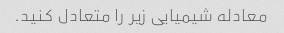
معادله شیمیایی زیر را متعادل کنید.